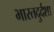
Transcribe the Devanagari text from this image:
भारतदुर्दशा